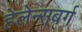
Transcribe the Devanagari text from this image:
हेलेन्सबर्ग